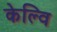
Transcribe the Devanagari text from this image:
केल्वि